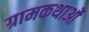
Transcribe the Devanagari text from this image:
ग्रामकथाओं